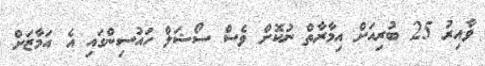
ވާއިރު 25 ބުރިއަށް އިމާރާތް ނުކޮށް ވެސް ސޯޝަލް ހައުސިންގައި އެ އަމާޒަށް